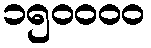
၁၅၀၀၀၀